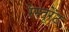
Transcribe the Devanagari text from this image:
रेस्तूरेंट